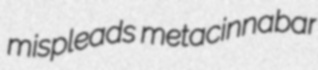
mispleads metacinnabar